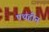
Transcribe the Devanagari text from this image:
पथहीन